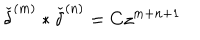
LaTeX: { \check { \delta } } ^ { ( m ) } \ast { \check { \delta } } ^ { ( n ) } = C z ^ { m + n + 1 }